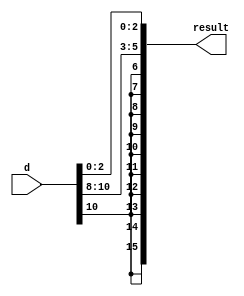
module sign_ext_im(d,result);
	input[10:0]d;
	output[15:0]result;
	
	assign result={{10{d[10]}},{d[10:8]},{d[2:0]}};
endmodule